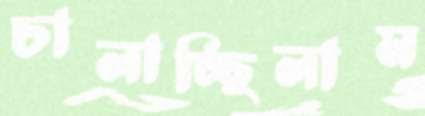
চালাচ্ছিলাম